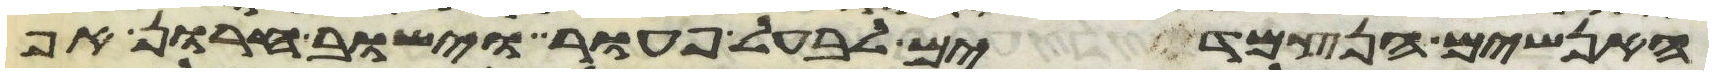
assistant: האנשים הנצמדים לבעל פעור וישוב חרון אף